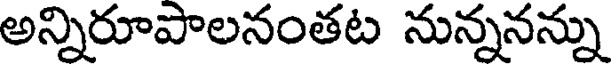
అన్నిరూపాలనంతట నున్ననన్ను